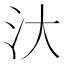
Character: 汏